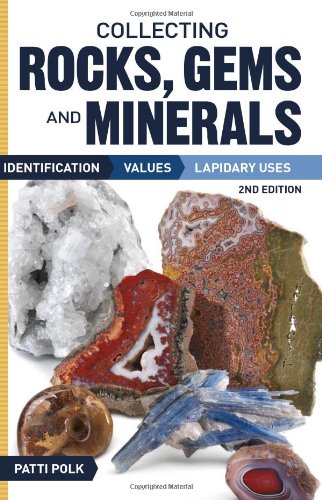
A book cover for Collecting Rocks, Gems and Minerals: Identification, Values and Lapidary Uses; Patti Polk; Science & Math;